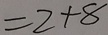
= 2 + 8